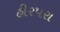
હીરપરા